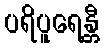
ပရိပူရေန္တီ